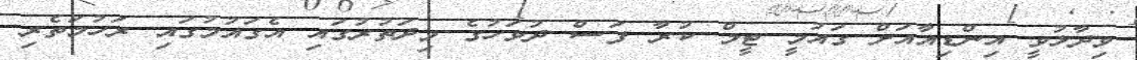
ވިދާޅުވީ އިންޑިއާއަށް ގައުމީ ޓީމް ކުރާ ފަސް ދުވަހުގެ މިދަތުރުގައި އެގައުމުގައި ރަހުމަތެރި